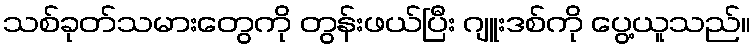
သစ်ခုတ်သမားတွေကို တွန်းဖယ်ပြီး ဂျူးဒစ်ကို ပွေ့ယူသည်။